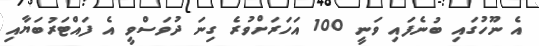
އެ ނޫހުގައި ބުނެފައި ވަނީ 100 އަހަރަށްވުރެ ގިނަ ދުވަސްވީ އެ ފައްޓަރުބަޔާއި